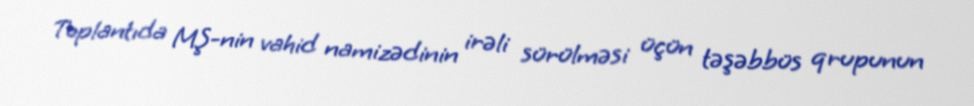
Toplantıda MŞ-nin vahid namizədinin irəli sürülməsi üçün təşəbbüs qrupunun